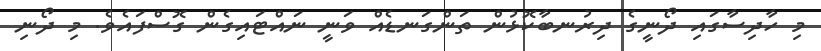
މި ހާދިސާގައި ދޯނީގެ ދިރުނބާކޮޅުން ތަންގަނޑެއް ވަނީ ނައްޓައިގެން ގޮސްފައެވެ. މި ދޯނި